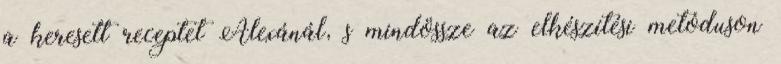
a keresett receptet Alexánál, s mindössze az elkészítési metóduson